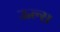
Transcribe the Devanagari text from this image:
ऊल्स